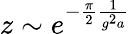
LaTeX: z\sim e^{-\frac{\pi}2\frac 1{g^{2}a}}